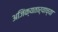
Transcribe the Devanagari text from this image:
अजिंक्यतार्‍याच्या